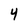
Character: 4